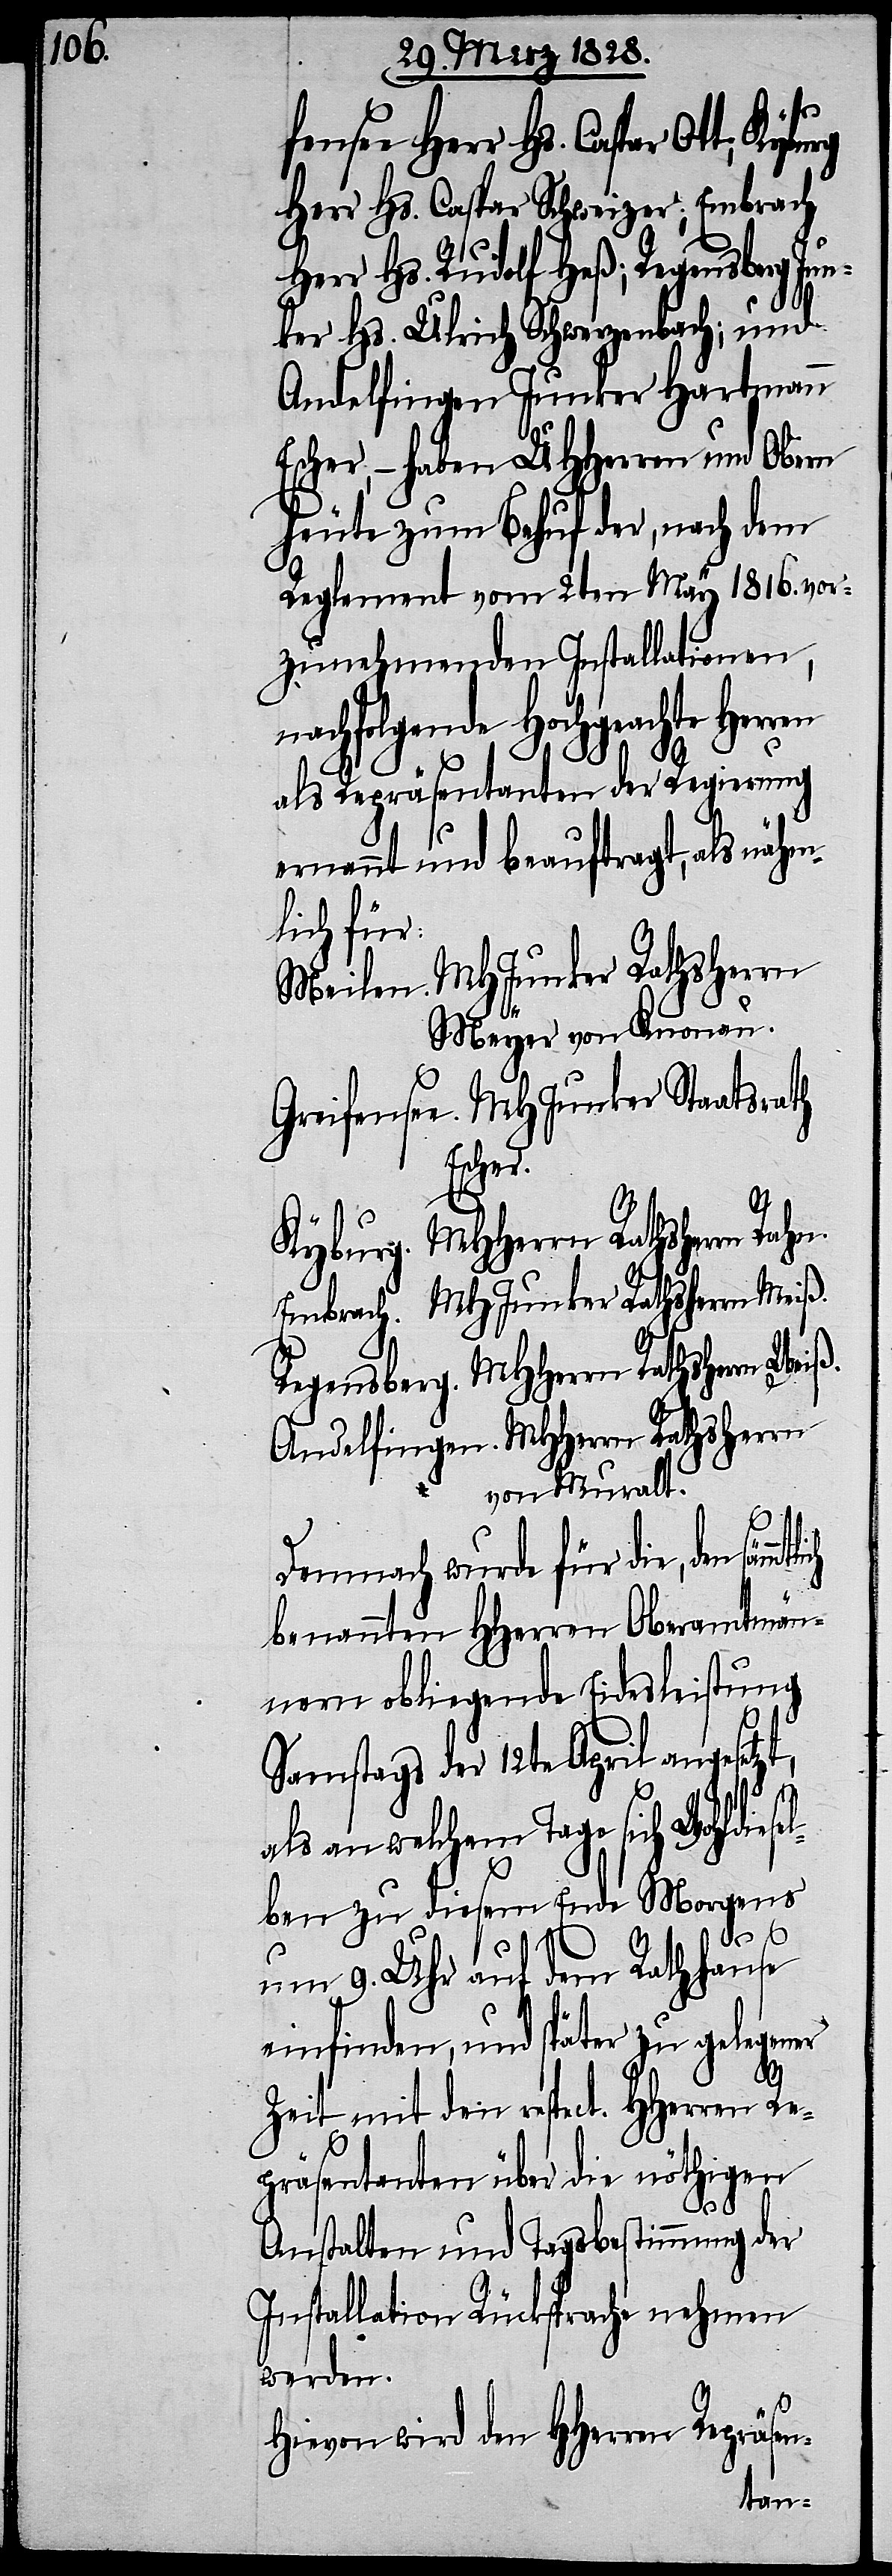
fensee Herr Hs. Caspar Ott;
Herr Hs. Caspar Schweizer; Embrach
Herr Hs. Rudolf Heß; Regensberg Ju¬
nker Hs. Ulrich Schwerzenbach; und
Andelfingen Junker Hartmann
Escher, – haben UHHerren und Obern
heute zum Behuf der, nach dem
Reglement vom 2ten May 1816. vor¬
zunehmenden Installationen,
nachfolgende Hochgeachte Herren
als Repräsentanten der Regierung
ernennt und beauftragt, als nähm¬
lich für:
Meilen. MHJunker Rathsherrn
Meyer von Knonau.
Greifensee. MHJunker Staatsrath
Escher.
Kyburg. MHHerrn Rathsherrn Rahn.
Embrach. MHJunker Rathsherrn Meiß.
Regensberg. MHHerrn Rathsherrn Weiß.
Andelfingen. MHHerrn Rathsherrn
von Muralt.
Demnach wurde für die, den
benannten HHerren Oberamtmän¬
nern obliegende Eidesleistung
Samstags der 12te April angesetzt,
als an welchem Tage sich Wohldiese¬
lben zu diesem Ende Morgens
um 9. Uhr auf dem Rathhause
einfinden, und später zu gelegener
Zeit mit den respect. HHerren Re¬
präsentanten über die nöthigen
Anstalten und Tagsbestimmung der
Installation Rücksprache nehmen
werden.
Hievon wird den HHerren Repräsen-